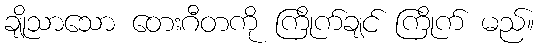
ချိုသာသော တေးဂီတကို ကြိုက်ချင် ကြိုက် မည်။